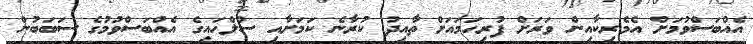
އެއްބަސްވުމަށް އެމެރިކާއިން ވަރަށް ފުރިހަމައަށް ތާއިދު ކުރާނެ ކަމަށާއި ސުލްހައިގެ އެއްބަސްވުމުގެ ސަބަބުން